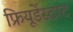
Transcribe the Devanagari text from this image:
फ्रियूडेंस्टाट